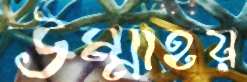
উম্মাহয়